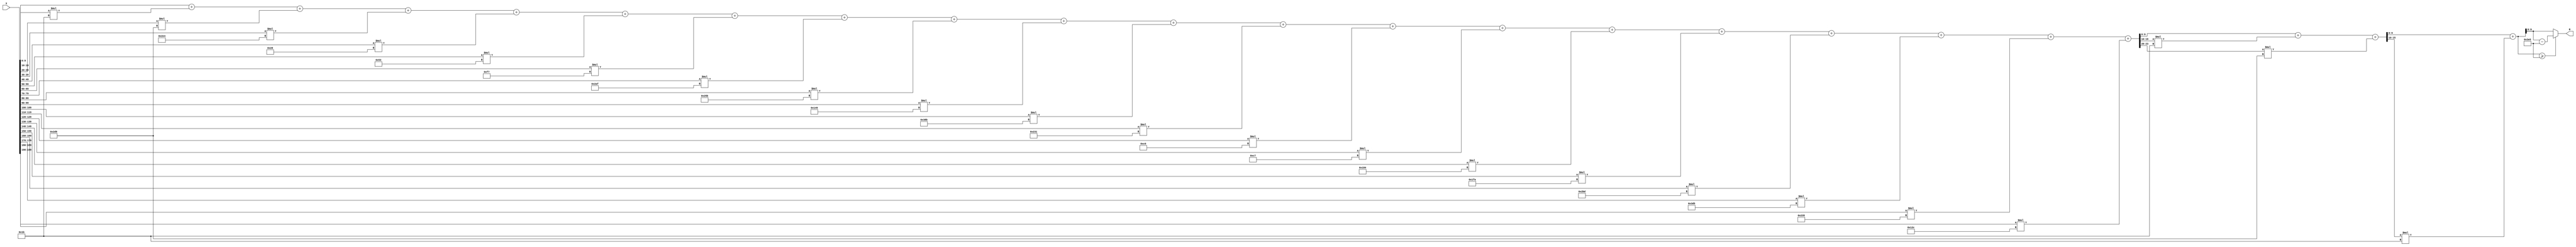
module x_200_mod_997(
    input [200:1] X,
    output [10:1] R
    );

wire [24:1] R_temp_1;
wire [16:1] R_temp_2;
wire [11:1] R_temp_3;
reg [10:1]  R_temp;

assign R_temp_1 =X [ 10 : 1 ]  + X [ 20 : 11 ] * 5'b11011 + X [ 30 : 21 ] * 10'b1011011001 + 
X [ 40 : 31 ] * 10'b1011100100 + X [ 50 : 41 ] * 6'b101000 + X [ 60 : 51 ] * 7'b1010011 + 
X [ 70 : 61 ] * 8'b11110111 + X [ 80 : 71 ] * 10'b1010101111 + X [ 90 : 81 ] * 10'b1001011011 + 
X [ 100 : 91 ] * 9'b101001001 + X [ 110 : 101 ] * 10'b1110001011 + X [ 120 : 111 ] * 10'b1000110001 + 
X [ 130 : 121 ] * 8'b11000000 + X [ 140 : 131 ] * 8'b11000111 + X [ 150 : 141 ] * 9'b110000100 + 
X [ 160 : 151 ] * 9'b111111010 + X [ 170 : 161 ] * 10'b1010111101 + X [ 180 : 171 ] * 10'b1111010101 + 
X [ 190 : 181 ] * 10'b1000110101 + X [ 200 : 191 ] * 9'b100101100 ;

assign R_temp_2 = R_temp_1 [ 10 : 1 ]  + R_temp_1 [ 20 : 11 ] * 5'b11011 + R_temp_1 [ 24 : 21 ] * 10'b1011011001 ;

assign R_temp_3 = R_temp_2 [ 10 : 1 ]  + R_temp_2 [ 16 : 11 ] * 5'b11011 ;

always @(R_temp_3)
begin
  if (R_temp_3 >= 10'b1111100101)
    R_temp <= R_temp_3 - 10'b1111100101;
  else
    R_temp <= R_temp_3;
end

assign R = R_temp;

endmodule